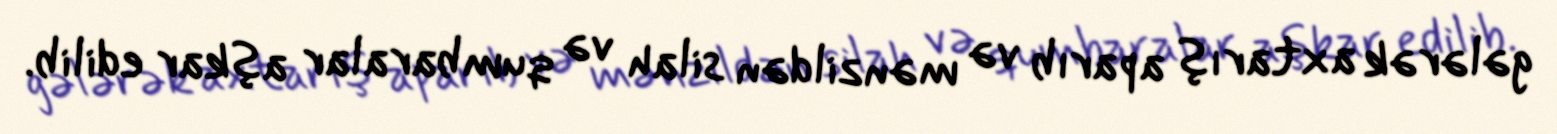
gələrək axtarış aparıb və mənzildən silah və qumbaralar aşkar edilib.